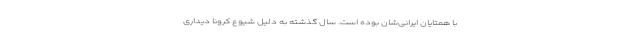
با همتایان ایرانی‌شان بوده است. سال گذشته به دلیل شیوع کرونا دیداری